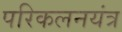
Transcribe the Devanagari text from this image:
परिकलनयंत्र